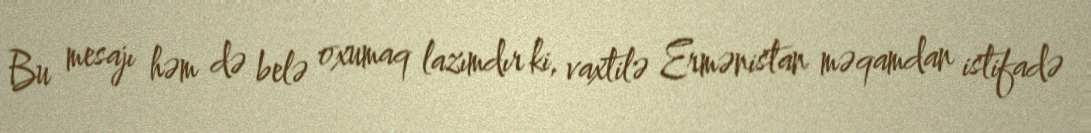
Bu mesajı həm də belə oxumaq lazımdır ki, vaxtilə Ermənistan məqamdan istifadə